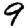
Digit: 9